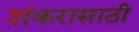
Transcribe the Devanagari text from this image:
शंकरासाठी